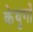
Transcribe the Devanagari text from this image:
केयुगों